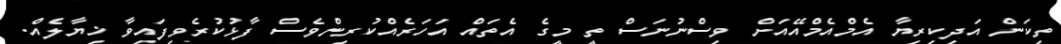
ތިކަން އަދިކިރިޔާ އެމްއެމްއޭއަށް ވިސްނުނަސް ތީ މީގެ އެތައް އަހަރެއްކުރިންވެސް ފާޅުކުރެވިފައިވާ ޚިޔާލެއް.